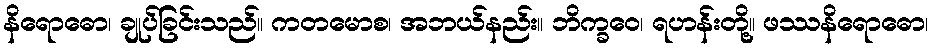
နိရောဓော၊ ချုပ်ခြင်းသည်။ ကတမောစ၊ အဘယ်နည်း။ ဘိက္ခဝေ၊ ရဟန်းတို့။ ဖဿနိရောဓော၊